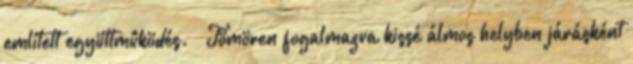
említett együttmûködés. — Tömören fogalmazva kissé álmos helyben járásként